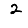
Digit: 2